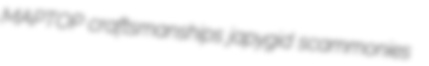
MAPTOP craftsmanships japygid scammonies